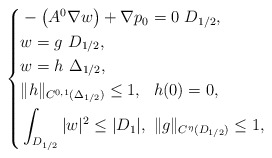
\begin{align*}\left\{\aligned& -\big(A^0 \nabla w\big) + \nabla p_0=0 \ D_{1/2},\\& w=g \ D_{1/2},\\& w= h \ \Delta_{1/2},\\& \|h\|_{C^{0,1}(\Delta_{1/2})} \le 1, \ \ h(0)=0,\\& \int_{D_{1/2}} |w|^2 \le |D_1|, \ \|g\|_{C^{\eta}(D_{1/2})} \le 1,\endaligned\right.\end{align*}